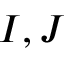
I , J